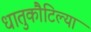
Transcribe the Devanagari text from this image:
धातुकौटिल्या